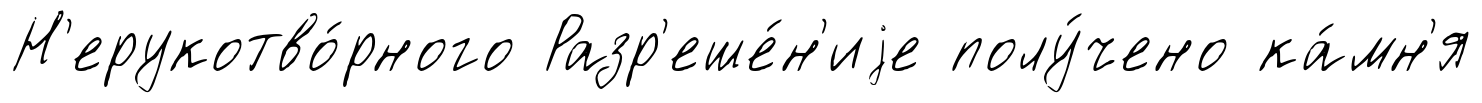
Н'ерукотво́рного Разр'еше́н'иjе полу́чено ка́мн'я